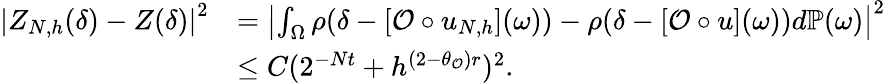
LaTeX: \begin{array}{rl}{\left|Z_{N,h}(\delta)-Z(\delta)\right|^{2}}&{=\left|\int_{\Omega}\rho(\delta-[\mathcal{O}\circ u_{N,h}](\omega))-\rho(\delta-[\mathcal{O}\circ u](\omega))d\mathbb{P}(\omega)\right|^{2}}\\ &{\le C(2^{-Nt}+h^{(2-\theta_{\mathcal{O}})r})^{2}.}\end{array}